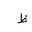
Letter: _za